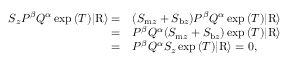
\begin{array} { r l } { S _ { z } P ^ { \beta } Q ^ { \alpha } \exp { ( T ) } \vert \mathrm { R } \rangle = } & { ( S _ { \mathrm { m } z } + S _ { \mathrm { b } z } ) P ^ { \beta } Q ^ { \alpha } \exp { ( T ) } \vert \mathrm { R } \rangle } \\ { = } & { P ^ { \beta } Q ^ { \alpha } ( S _ { \mathrm { m } z } + S _ { \mathrm { b } z } ) \exp { ( T ) } \vert \mathrm { R } \rangle } \\ { = } & { P ^ { \beta } Q ^ { \alpha } S _ { z } \exp { ( T ) } \vert \mathrm { R } \rangle = 0 , } \end{array}